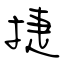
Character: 捷